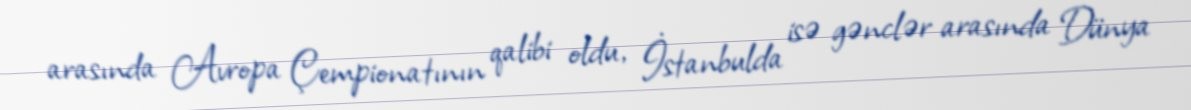
arasında Avropa Çempionatının qalibi oldu, İstanbulda isə gənclər arasında Dünya